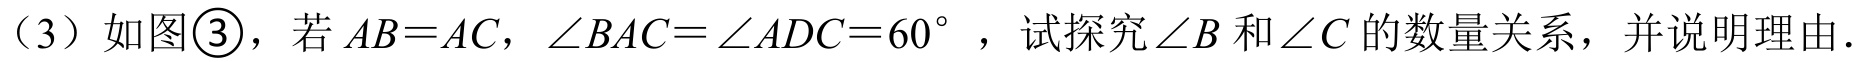
(3) 如图\textcircled{3}，若\(AB = AC\)，\(\angle BAC=\angle ADC = 60^{\circ}\)，试探究\(\angle B\)和\(\angle C\)的数量关系，并说明理由.